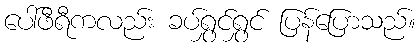
ပေါ်ဖီရီကလည်း ခပ်ရွှင်ရွှင် ပြန်ပြောသည်။